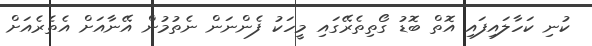
ކުނި ކަހާލައިފައި އޮތް ބޮޑު ގޯތިތެރޭގައި މީހަކު ފެންނަން ނެތުމުން އޭނާއަށް އެތެރެއަށް